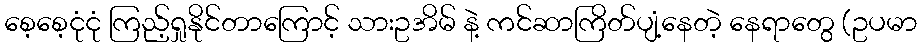
စေ့စေ့ငုံငုံ ကြည့်ရှုနိုင်တာကြောင့် သားဥအိမ် နဲ့ ကင်ဆာကြိတ်ပျံ့နေတဲ့ နေရာတွေ (ဥပမာ